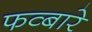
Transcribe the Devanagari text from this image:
फव्‍बारे